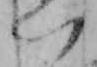
い